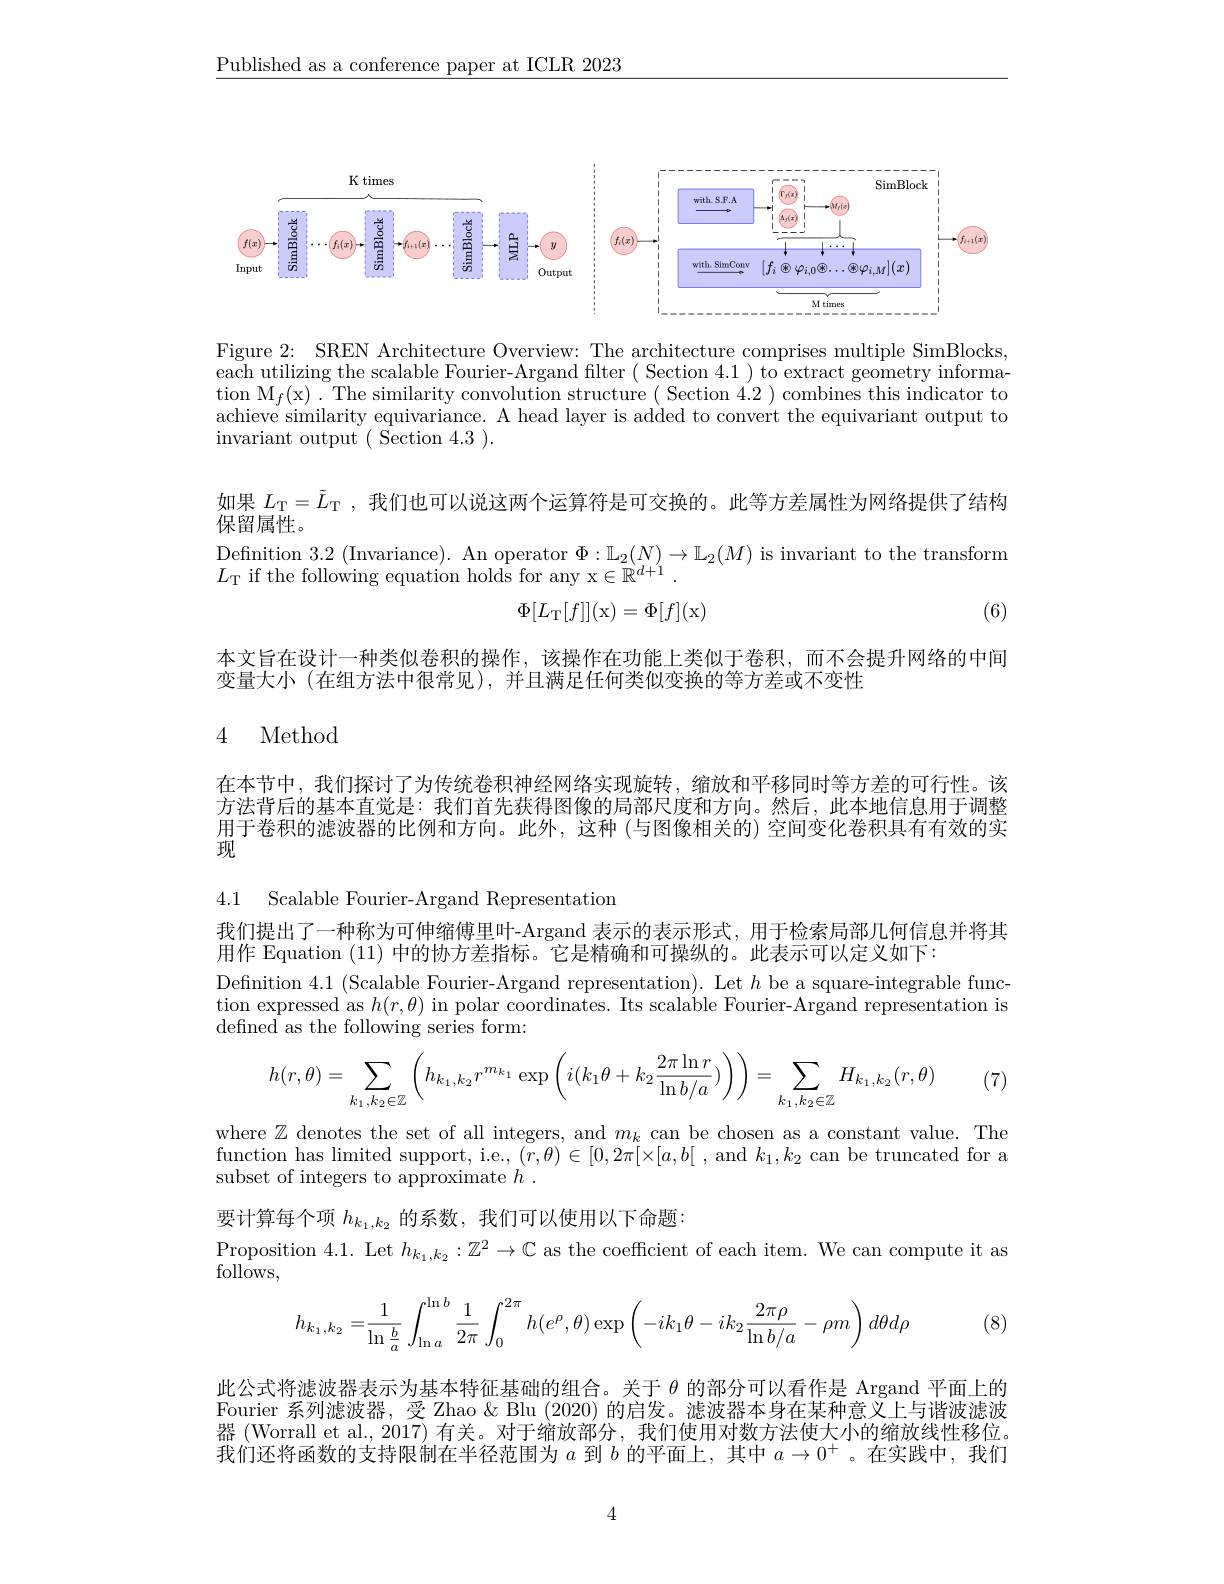
$\underline{\text{Published as a conference paper at ICLR 2023}}$

<FigureHere>

Figure 2: SREN Architecture Overview: The architecture comprises multiple SimBlocks, each utilizing the scalable Fourier- Argand filter ( Section 4.1 ) to extract geometry informa- $\operatorname{tion}\operatorname{M}_{f}($x).The similarity convolution structure ( Section 4.2 ) combines this indicator to achieve similarity equivariance. A head layer is added to convert the equivariant output to invariant output ( Section 4.3 ).

如果$L_{\mathrm{T}}=\tilde{L}_{\mathrm{T}}$,我们也可以说这两个运算符是可交换的。此等方差属性为网络提供了结构

保留属性。
Definition 3.2 (Invariance). An operator $\Phi:\mathbb{L}_2(N)\to\mathbb{L}_2(M)$ is invariant to the transform
$L_{\mathrm{T}}$ if the following equation holds for any x$\in\mathbb{R}^d+1$
$$\Phi[L_{\mathrm{T}}[f]](\mathrm{x})=\Phi[f](\mathrm{x})$$
(6)

本文旨在设计一种类似卷积的操作，该操作在功能上类似于卷积，而不会提升网络的中间
变量大小(在组方法中很常见),并且满足任何类似变换的等方差或不变性

## 4 Method

在本节中，我们探讨了为传统卷积神经网络实现旋转，缩放和平移同时等方差的可行性。该方法背后的基本直觉是：我们首先获得图像的局部尺度和方向。然后，此本地信息用于调整用于卷积的滤波器的比例和方向。此外，这种 (与图像相关的) 空间变化卷积具有有效的实现

4.1 Scalable Fourier-Argand Representation

我们提出了一种称为可伸缩傅里叶-Argand 表示的表示形式，用于检索局部几何信息并将其
用作 Equation (11)中的协方差指标。它是精确和可操纵的。此表示可以定义如下：
Definition 4.1 (Scalable Fourier-Argand representation). Let $h$ be a square-integrable function expressed as $h(r,\theta)$ in polar coordinates. Its scalable Fourier-Argand representation is defined as the following series form:
$$h(r,\theta)=\sum_{k_1,k_2\in\mathbb{Z}}\left(h_{k_1,k_2}r^{m_{k_1}}\exp\left(i(k_1\theta+k_2\frac{2\pi\ln r}{\ln b/a})\right)\right)=\sum_{k_1,k_2\in\mathbb{Z}}H_{k_1,k_2}(r,\theta)$$
(7)

$\begin{array}{l}{\mathrm{where~}\mathbb{Z}\text{ denotes the set of all integers, and }m_{k}\text{ can be chosen as a constant value. The}}\\{\mathrm{function~has~limited~support,~i.e.,~}(r,\theta)\in[0,2\pi[\times[a,b[~,~and~k_{1},k_{2}~can~be~truncated~for~a}\end{array}$
subset of integers to approximate $h$

要计算每个项$h_{k_1,k_2}$的系数，我们可以使用以下命题：
$\begin{array}{l}\text{Proposition 4.1. Let }h_{k_1,k_2}:\mathbb{Z}^2\to\mathbb{C}\text{ as the coefficient of each item. We can compute it as}\\\end{array}$
follows,
$$h_{k_1,k_2}=\dfrac{1}{\ln\dfrac{b}{a}}\int_{\ln a}^{\ln b}\dfrac{1}{2\pi}\int_0^{2\pi}h(e^\rho,\theta)\exp\left(-ik_1\theta-ik_2\dfrac{2\pi\rho}{\ln b/a}-\rho m\right)d\theta d\rho $$
(8)

此公式将滤波器表示为基本特征基础的组合。关于$\theta$的部分可以看作是 Argand 平面上的Fourier 系列滤波器，受 Zhao & Blu (2020) 的启发。滤波器本身在某种意义上与谐波滤波器 (Worrall et al., 2017) 有关。对于缩放部分，我们使用对数方法使大小的缩放线性移位。我们还将函数的支持限制在半径范围为$a$到$b$的平面上，其中$a\to0^+$ 。在实践中，我们

4